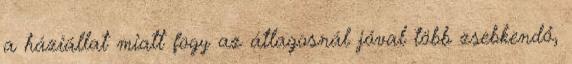
a háziállat miatt fogy az átlagosnál jóval több zsebkendő,